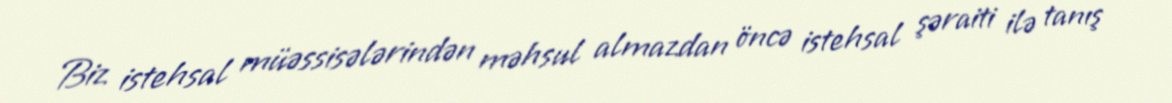
Biz istehsal müəssisələrindən məhsul almazdan öncə istehsal şəraiti ilə tanış